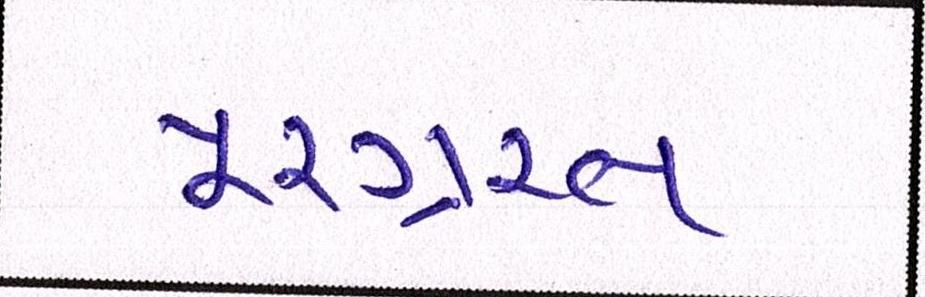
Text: પૂરગ્રસ્ત